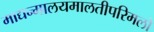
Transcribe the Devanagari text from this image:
माद्यन्मालयमालतीपरिमलो